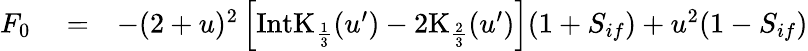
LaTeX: \begin{array}{rlr}{F_{0}}&{{}=}&{-(2+u)^{2}\left[\mathrm{IntK}_{\frac{1}{3}}(u^{\prime})-2\mathrm{K}_{\frac{2}{3}}(u^{\prime})\right](1+{S}_{if})+u^{2}(1-{S}_{if})}\end{array}